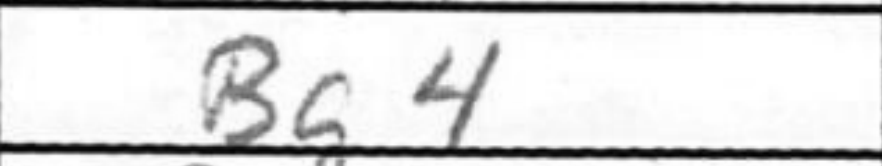
Transcription: Bg4